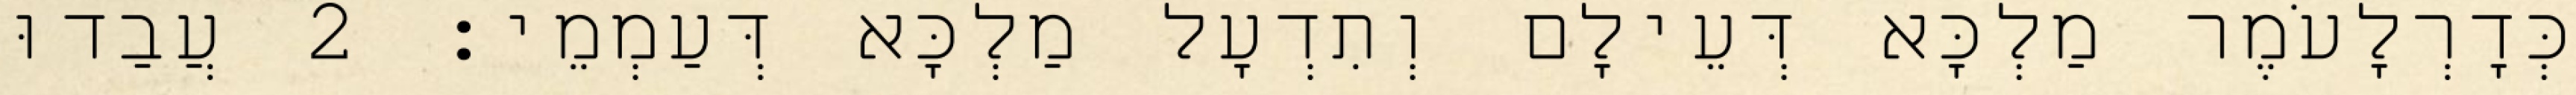
כְּדָרְלָעֹמֶר מַלְכָּא דְּעֵילָם וְתִדְעָל מַלְכָּא דְּעַמְמֵי׃ 2 עֲבַדוּ